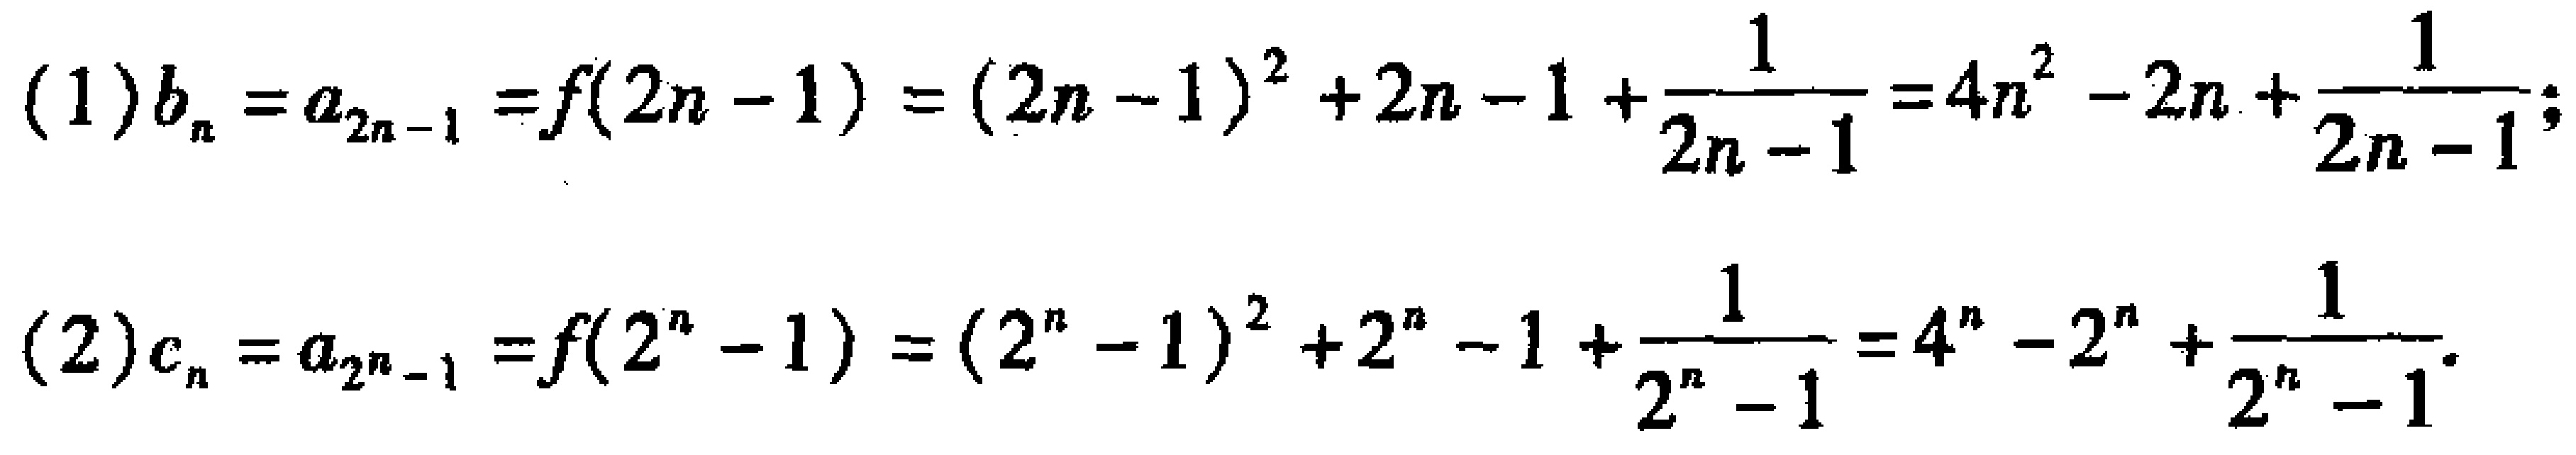
(1) \(b_{n}=a_{2n - 1}=f(2n - 1)=(2n - 1)^{2}+2n - 1+\frac{1}{2n - 1}=4n^{2}-2n+\frac{1}{2n - 1}\);
(2) \(c_{n}=a_{2^{n}-1}=f(2^{n}-1)=(2^{n}-1)^{2}+2^{n}-1+\frac{1}{2^{n}-1}=4^{n}-2^{n}+\frac{1}{2^{n}-1}\).